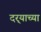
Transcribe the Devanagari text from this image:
दर्‍याच्या